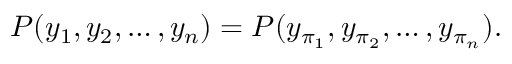
P ( y _ { 1 } , y _ { 2 } , \ldots , y _ { n } ) = P ( y _ { \pi _ { 1 } } , y _ { \pi _ { 2 } } , \ldots , y _ { \pi _ { n } } ) .